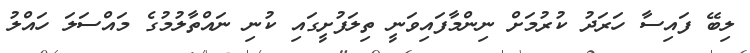
ލިބޭ ފައިސާ ހަރަދު ކުރުމަށް ނިންމާފައިވަނީ ތިލަފުށީގައި ކުނި ނައްތާލުމުގެ މައްސަލަ ހައްލު